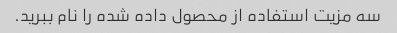
سه مزیت استفاده از محصول داده شده را نام ببرید.